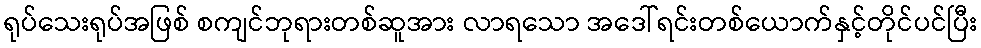
ရုပ်သေးရုပ်အဖြစ် စကျင်ဘုရားတစ်ဆူအား လာရသော အဒေါ်ရင်းတစ်ယောက်နှင့်တိုင်ပင်ပြီး